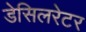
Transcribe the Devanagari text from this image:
डेसिलरेटर